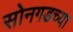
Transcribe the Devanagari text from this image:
सोनगडच्या